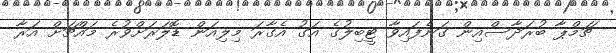
ޗަމްޕާ ބުރަދާސްއިން ގަނެފައިވާ ޓީބިލުގެ އަގު އެގާރަ މިލިއަން ޑޮލަރަށްވުރެ މައްޗަށް އަރާ